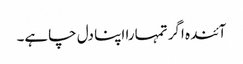
آئندہ اگر تمہارا اپنا دل چاہے۔